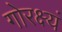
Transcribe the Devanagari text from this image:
गोरक्ष्यं